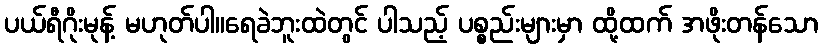
ပယ်ရီဂိုးမုန့် မဟုတ်ပါ။ရေခဲဘူးထဲတွင် ပါသည့် ပစ္စည်းများမှာ ထို့ထက် အဖိုးတန်သော